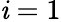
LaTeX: \mathit{i}=1